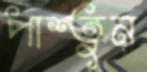
পাশ্তুন